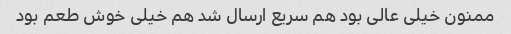
ممنون خیلی عالی بود هم سریع ارسال شد هم خیلی خوش طعم بود